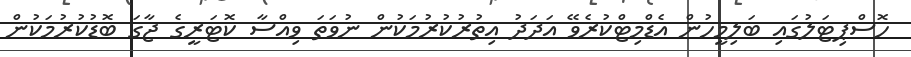
ހޮސްޕިޓަލުގައި ބަލިމީހުން އެޑްމިޓްކުރެވޭ އަދަަދު އިތުރުކުރުމަކުން ނުވަތަ ވިއްސާ ކޮޓަރީގެ ޖާގަ ބޮޑުކުރުމަކުން